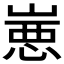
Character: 𰎮